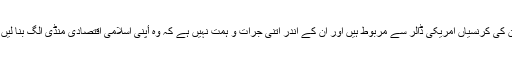
ان کی کرنسیاں امریکی ڈالر سے مربوط ہیں اور ان کے اندر اتنی جرات و ہمت نہیں ہے کہ وہ أپنی اسلامی اقتصادی منڈی الگ بنا لیں ۔